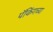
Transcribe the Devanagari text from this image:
पॅकिंगच्या